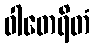
ဝါတေရိတံ